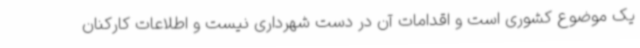
یک موضوع کشوری است و اقدامات آن در دست شهرداری نیست و اطلاعات کارکنان